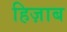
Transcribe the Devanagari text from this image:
हिज़ाब